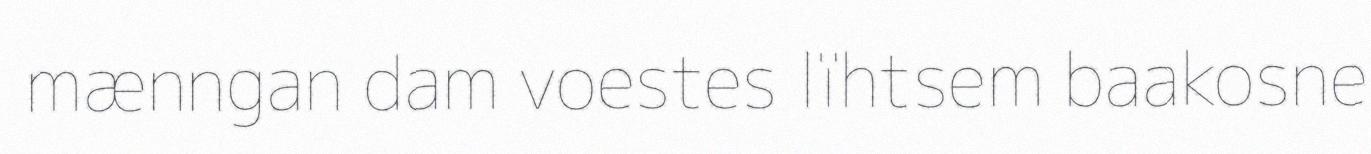
mænngan dam voestes lïhtsem baakosne